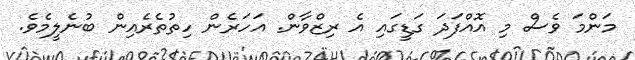
މަންމަ ވެސް މި އޮއްފަދަ ގަޑީގައި އެ ރިޒްވާން. އަހަރެން ހިތުތެރެއިން ބުނެލީމެވެ.